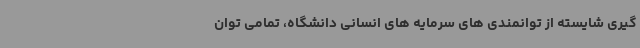
گیری شایسته از توانمندی های سرمایه های انسانی دانشگاه، تمامی توان